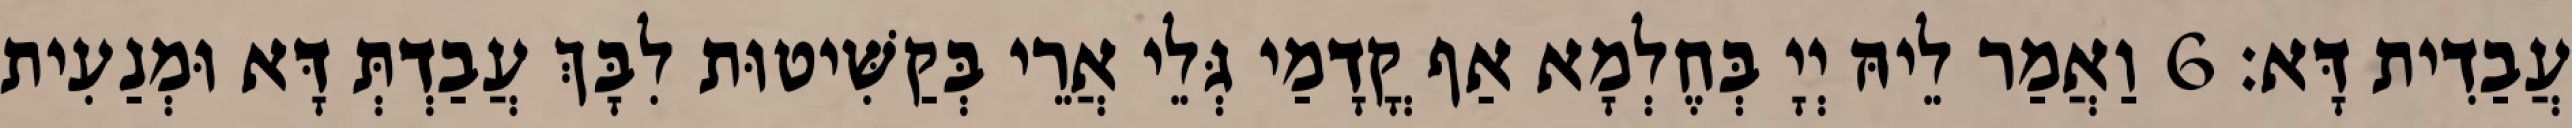
עֲבַדִית דָּא׃ 6 וַאֲמַר לֵיהּ יְיָ בְּחֶלְמָא אַף קֳדָמַי גְּלֵי אֲרֵי בְּקַשִּׁיטוּת לִבָּךְ עֲבַדְתְּ דָּא וּמְנַעִית